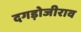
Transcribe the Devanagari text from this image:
दगड़ोजीराव